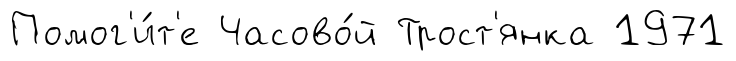
Помог'и́т'е Часово́й Трост'янка 1971